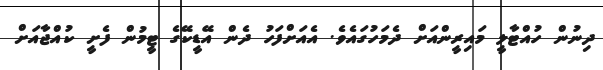
ދިނުން ހުއްޓާލީ މައިރީންއަށް ދެމަހުގައެވެ. އެއަށްފަހު ދެން އޭޑީކޭގެ ޓީމުން ފެށީ ކުއްޖާއަށް